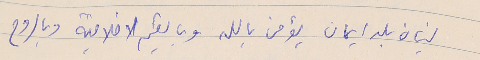
لبنان بلد ايمان يؤمن بالله وبالقيم الاخلاقية وبالروح